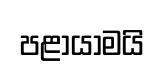
පළායාමයි